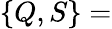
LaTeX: \left\{ Q,S\right\} =